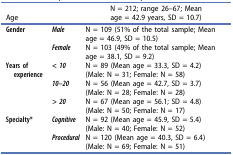
| Age |  | N = 212; range 26–67; Mean age = 42.9 years, SD = 10.7) |
 | --- | --- | --- |
 | <ROWSPAN=4> Gender | <ROWSPAN=2> Male | N = 109 (51% of the total sample; Mean |
 | age = 46.9, SD = 10.5) |
 | <ROWSPAN=2> Female | N = 103 (49% of the total sample; Mean |
 | age = 38.1, SD = 9.2) |
 | <ROWSPAN=6> Years of experience | <ROWSPAN=2> < 10 | N = 89 (Mean age = 33.3, SD = 4.2) |
 | (Male: N = 31; Female: N = 58) |
 | <ROWSPAN=2> 10–20 | N = 56 (Mean age = 42.7, SD = 3.7) |
 | (Male: N = 28; Female: N = 28) |
 | <ROWSPAN=2> > 20 | N = 67 (Mean age = 56.1; SD = 4.8) |
 | (Male: N = 50; Female: N = 17) |
 | <ROWSPAN=4> Specialty* | <ROWSPAN=2> Cognitive | N = 92 (Mean age = 45.9, SD = 5.4) |
 | (Male: N = 40; Female: N = 52) |
 | <ROWSPAN=2> Procedural | N = 120 (Mean age = 40.3, SD = 6.4) |
 | (Male: N = 69; Female: N = 51) |